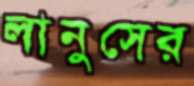
লানুসের